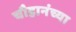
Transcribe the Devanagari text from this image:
चौहानंच्या